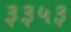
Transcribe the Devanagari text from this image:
३३५३